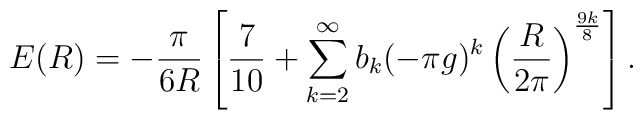
E(R) = - \frac{\pi}{6R} \left[ {7\over 10} + \sum_{k=2}^{\infty} b_{k} (-\pi g)^{k} \left( \frac{R}{2 \pi} \right)^{\frac{9 k}{8}} \right].